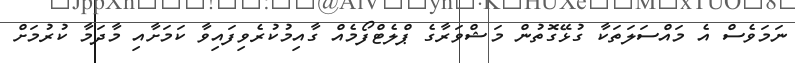
ނަމަވެސް އެ މައްސަލަތަކާ ގުޅޭގޮތުން މަޝްވަރާގެ ޕްލެޓްފޯމެއް ގާއިމުކުރެވިފައިވާ ކަމަށާއި މާދަމާ ކުރުމަށް